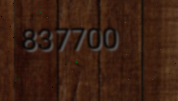
837700